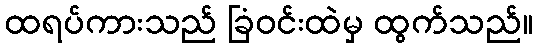
ထရပ်ကားသည် ခြံဝင်းထဲမှ ထွက်သည်။